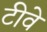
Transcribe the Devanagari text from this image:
टीवे